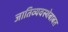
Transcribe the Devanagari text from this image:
जातिव्यवस्थेबाबत